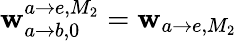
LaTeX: \mathbf{w}_{a\rightarrow b,0}^{a\rightarrow e,M_{2}}=\mathbf{w}_{a\rightarrow e,M_{2}}